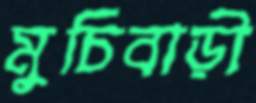
মুচিবাড়ী